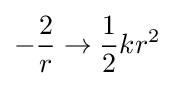
-{\frac {2}{r}}\rightarrow {\frac {1}{2}}kr^{2}